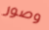
وصور